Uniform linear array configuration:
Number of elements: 4
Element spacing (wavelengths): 1
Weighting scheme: exponential
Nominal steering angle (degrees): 0
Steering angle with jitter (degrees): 0.03542
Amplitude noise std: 0.05
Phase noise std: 0.05

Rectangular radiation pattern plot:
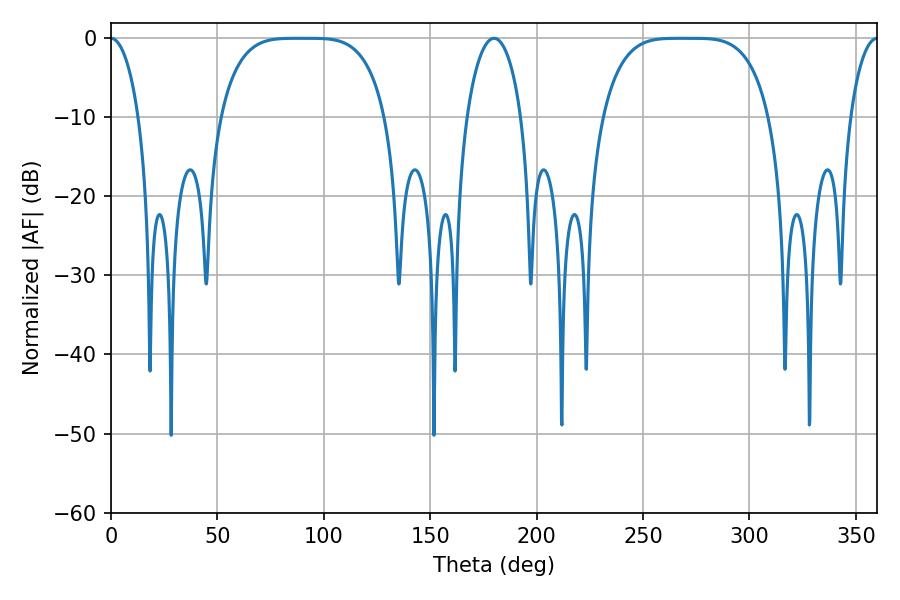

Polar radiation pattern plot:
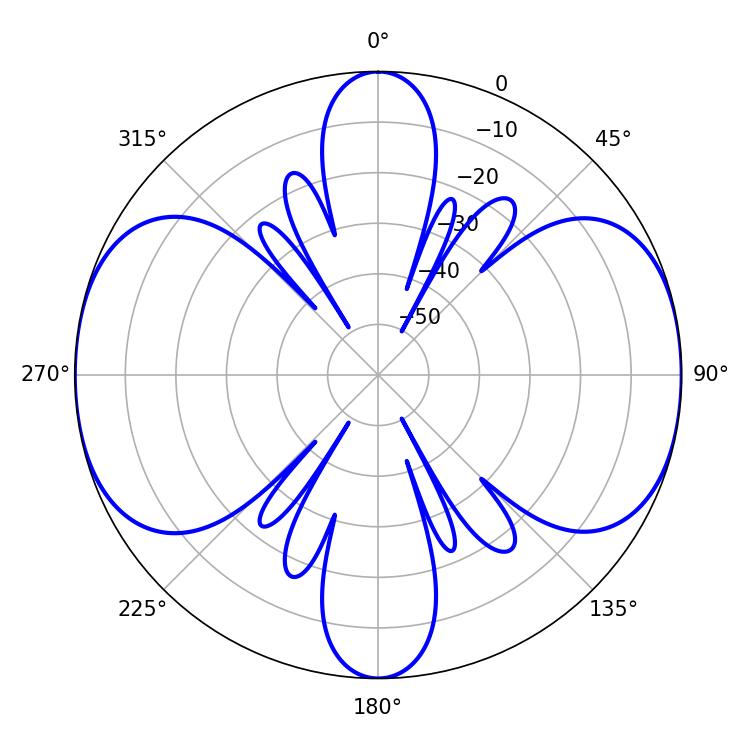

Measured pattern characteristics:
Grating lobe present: TRUE
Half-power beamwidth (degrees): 58.68
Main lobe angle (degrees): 268.92